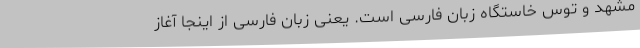
مشهد و توس خاستگاه زبان فارسی است. یعنی زبان فارسی از اینجا آغاز